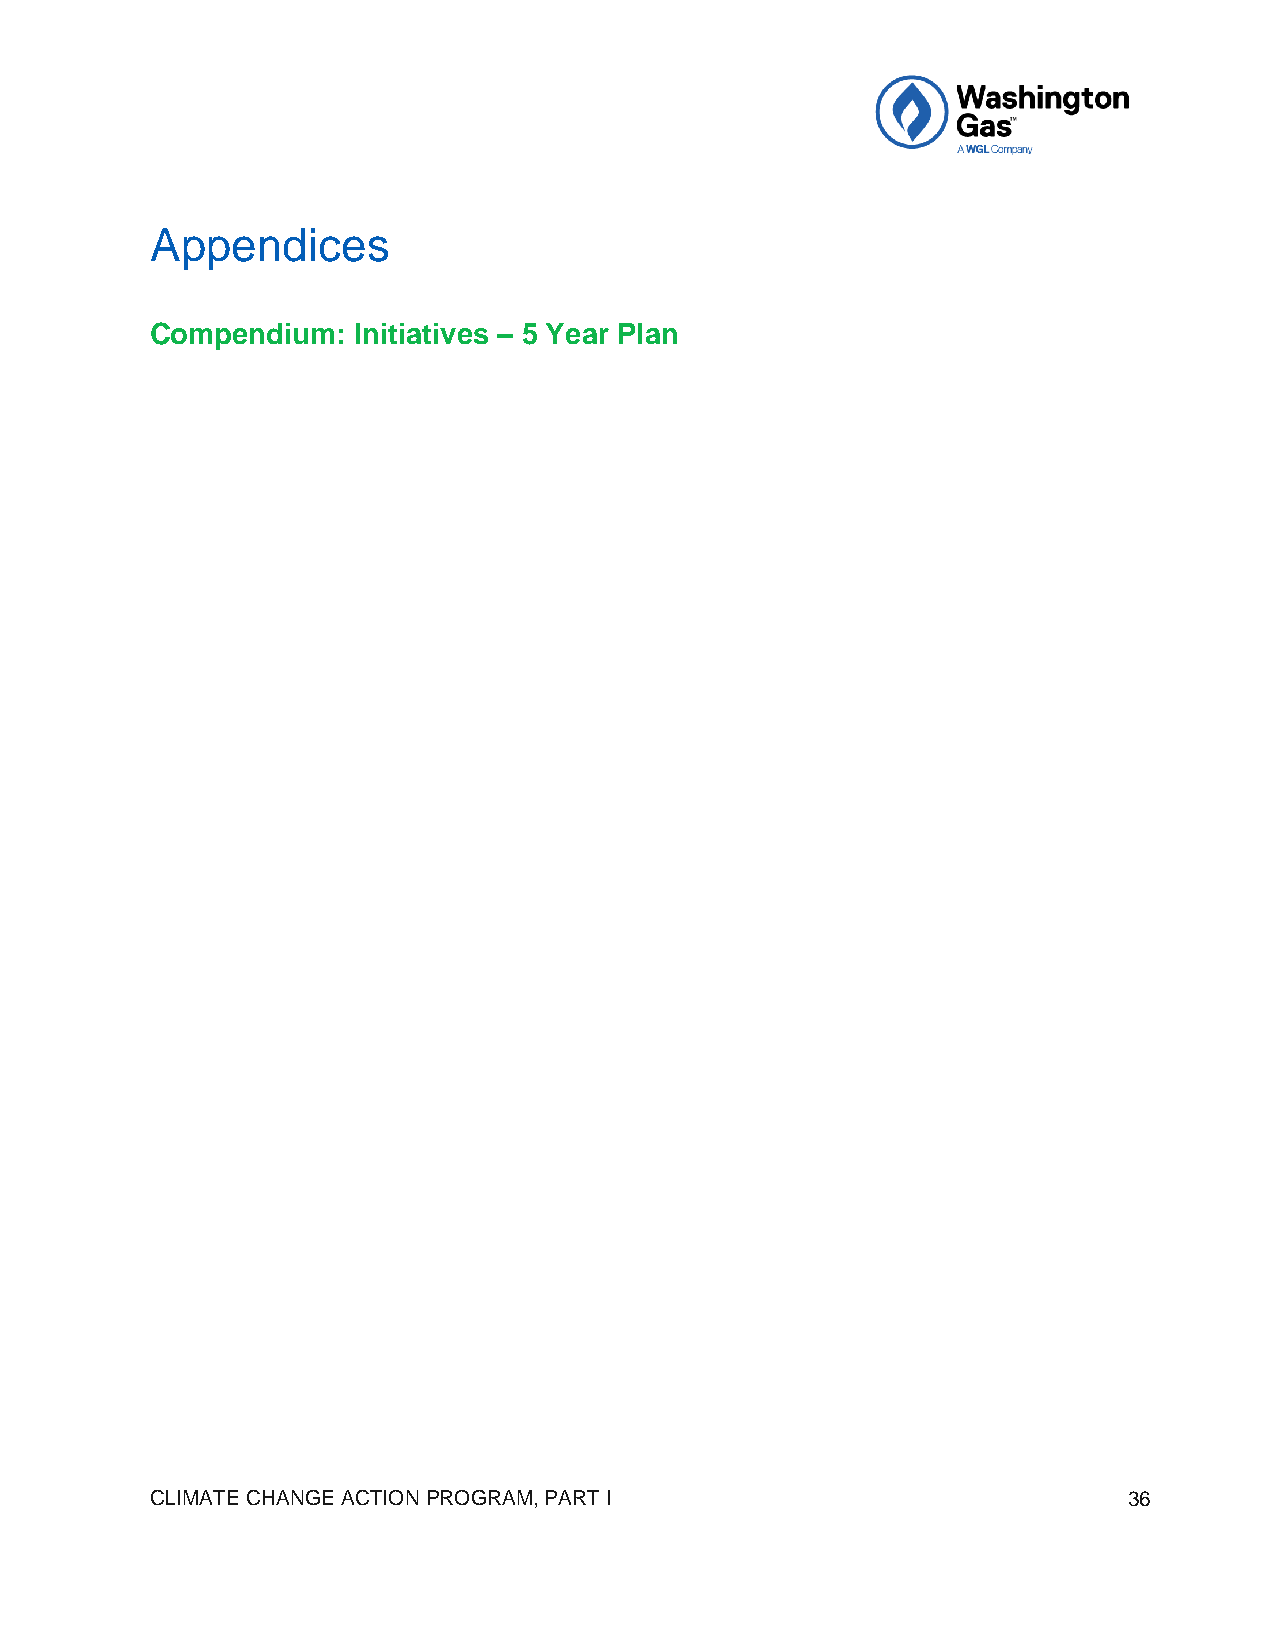
Appendices
 Compendium:  Initiatives – 5 Year Plan
 CLIMATE CHANGE ACTION PROGRAM, PART I                            36